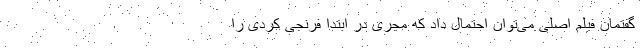
گفتمان فیلم اصلی می‌توان احتمال داد که مجری در ابتدا فرنجی کردی را